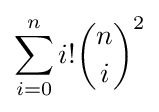
\sum _{i=0}^{n}i!{\binom {n}{i}}^{2}